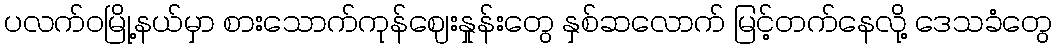
ပလက်ဝမြို့နယ်မှာ စားသောက်ကုန်ဈေးနှုန်းတွေ နှစ်ဆလောက် မြင့်တက်နေလို့ ဒေသခံတွေ